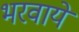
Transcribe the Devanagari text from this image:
भरवाये